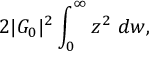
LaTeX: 2 | { \cal G } _ { 0 } | ^ { 2 } \int _ { 0 } ^ { \infty } z ^ { 2 } ~ d w ,